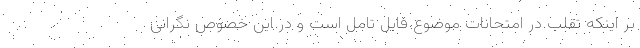
بر اینکه تقلب در امتحانات موضوع قابل تامل است و در این خصوص نگرانی